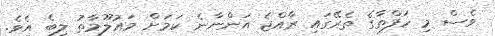
ވެސް މި ހަފްތާގެ ތެރޭގައި ރާއްޖެ އަންނާނެ ކަމަށް މައުލޫމާތު ލިބެ އެވެ.